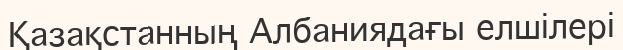
Қазақстанның Албаниядағы елшілері